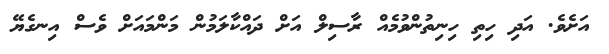
އަށެވެ. އަދި ހިތި ހިނިތުންވުމެއް ރާސިލް އަށް ދައްކާލަމުން މަންމައަށް ވެސް އިނގެޔޭ